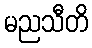
မညသီတိ